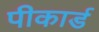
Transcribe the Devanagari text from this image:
पीकार्ड